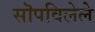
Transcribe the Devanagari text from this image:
सॊपविलेले